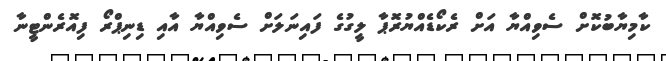
ކާމިޔާބުކޮށް ސެވިއްޔާ އަށް ރެކޯޑެއްޔުރޮޕާ ލީގުގެ ފައިނަލަށް ސެވިއްޔާ އާއި ޑިނިޕްރޯ ފިއޮރެންޓީނާ